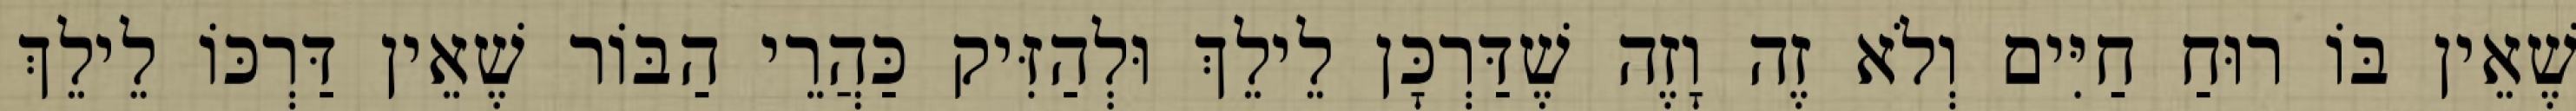
שֶׁאֵין בּוֹ רוּחַ חַיִּים וְלֹא זֶה וָזֶה שֶׁדַּרְכָּן לֵילֵךְ וּלְהַזִּיק כַּהֲרֵי הַבּוֹר שֶׁאֵין דַּרְכּוֹ לֵילֵךְ